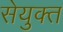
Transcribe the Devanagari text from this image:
सेयुक्त